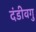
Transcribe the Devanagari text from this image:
दंडीवगु